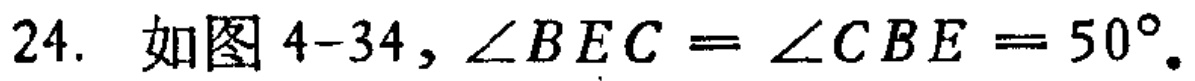
24. 如图4-34, \(\angle BEC = \angle CBE = 50^{\circ}\)。